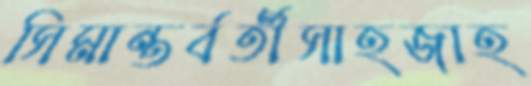
সিমান্তর্বর্তীসাহজাহ